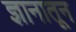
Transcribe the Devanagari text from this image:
ज्ञानातून